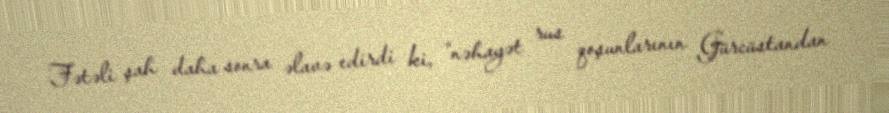
Fətəli şah daha sonra əlavə edirdi ki, “nəhayət rus qoşunlarının Gürcüstandan